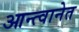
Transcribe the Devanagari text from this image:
आन्त्वानेत